Report on vaccination in Madras 1877-1894 - 1877-1894
Year: 1877
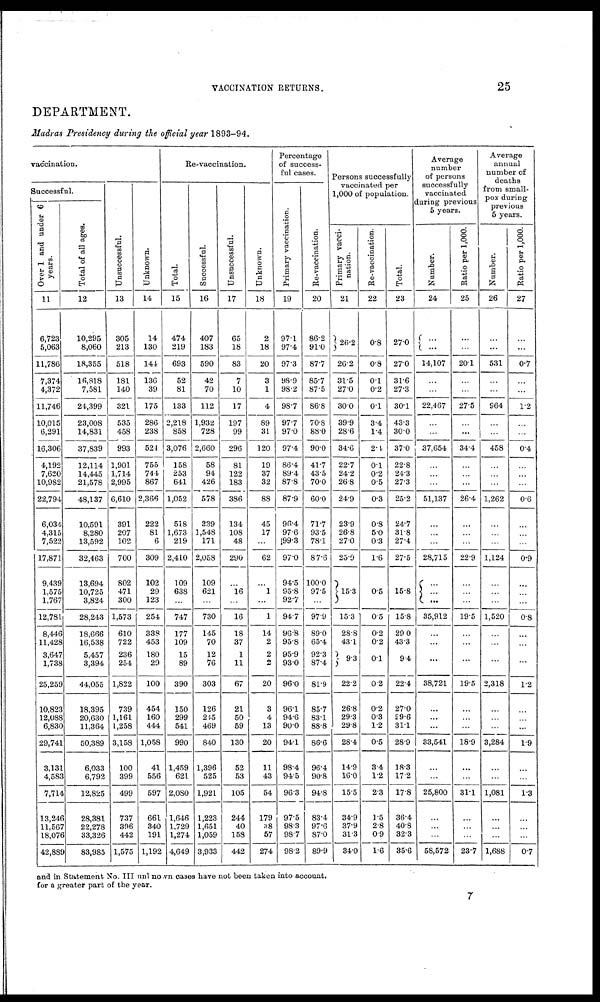
VACCINATION RETURNS.
25
DEPARTMENT.
Madras Presidency during the official year 1893-94.
vaccination.
Successful.
Over 1 and under 6
years.
11
6,723
5,063
11,786
7,374
4,372
11,746
10,015
6,291
16,306
4,192
7,620
10,982
22,794
6,034
4,315
7,522
17,871
9,439
1,575
1,767
12,781
8,446
11,428
3,647
1,738
25,259
10,823
12,088
6,830
29,741
3,131
4,583
7,714
13,246
11,567
18,076
42,889
Total of all ages.
12
10,295
8,060
18,355
16,818
7,581
24,399
23,008
14,831
37,839
12,114
14,445
21,578
48,137
10,591
8,280
13,592
32,463
13,694
10,725
3,824
28,243
18,666
16,538
5,457
3,394
44,055
18,395
20,630
11,364
50,389
6,033
6,792
12,825
28,381
22,278
33,326
83,985
Unsuccessful.
13
305
213
518
181
140
321
535
458
993
1,901
1,714
2,995
6,610
391
207
102
700
802
471
300
1,573
610
722
236
254
1,822
739
1,161
1,258
3,158
100
399
499
737
396
442
1,575
Unknown.
14
14
130
144
136
39
175
286
238
524
755
744
867
2,366
222
81
6
309
102
29
123
254
338
453
180
29
100
454
160
444
1,058
41
556
597
661
340
191
1,192
Re-vaccination.
Total.
15
474
219
693
52
81
133
2,218
858
3,076
158
253
641
1,052
518
1,673
219
2,410
109
638
...
747
177
109
15
89
390
150
299
541
990
1,459
621
2,080
1,646
1,729
1,274
4,649
Successful.
16
407
183
590
42
70
112
1,932
728
2,660
58
94
426
578
339
1,548
171
2,058
109
621
...
730
145
70
12
76
303
126
245
469
840
1,396
525
1,921
1,223
1,651
1,059
3,933
Unsuccessful.
17
65
18
83
7
10
17
197
99
296
81
122
183
386
134
108
48
290
...
16
...
16
18
37
1
11
67
21
50
59
130
52
53
105
244
40
158
442
Unknown.
18
2
18
20
3
1
4
89
31
120
19
37
32
88
45
17
...
62
...
1
...
1
14
2
2
...
20
3
4
13
20
11
43
54
179
38
57
274
Percentage
of success-
ful cases.
Primary vaccination.
19
97.1
97.4
97.3
98.9
98.2
98.7
97.7
97.0
97.4
86.4
89.4
87.8
87.9
96.4
97.6
99.3
97.0
94.5
95.8
92.7
94.7
96.8
95.8
95.9
93.0
96.0
96.1
94.6
90.0
94.1
98.4
94.5
96.3
97.5
98.3
98.7
98.2
Re-vaccination.
20
86.2
91.0
87.7
85.7
87.5
86.8
70.8
88.0
90.0
41.7
43.5
70.0
60.0
71.7
93.5
78.1
87.6
100.0
97.5
...
97.9
89.0
65.4
92.3
87.4
81.9
85.7
83.1
88.8
86.6
96.4
90.8
94.8
83.4
97.6
87.0
89.9
Persons successfully
vaccinated per
1,000 of population.
Primary vacci-
nation.
21
26.2
26.2
31.5
27.0
30.0
39.9
28.6
34.6
22.7
24.2
26.8
24.9
23.9
26.8
27.0
25.9
15.3
15.3
28.8
43.1
9.3
22.2
26.8
29.3
29.8
28.4
14.9
16.0
15.5
34.9
37.9
31.3
34.0
Re-vaccination.
22
0.8
0.8
0.1
0.2
0.1
3.4
1.4
2.4
0.1
0.2
0.5
0.3
0.8
5.0
0.3
1.6
0.5
0.5
0.2
0.2
0.1
0.2
0.2
0.3
1.2
0.5
3.4
1.2
2.3
1.5
2.8
0.9
1.6
Total.
23
27.0
27.0
31.6
27.3
30.1
43.3
30.0
37.0
22.8
24.3
27.3
25.2
24.7
31.8
27.4
27.5
15.8
15.8
29.0
43.3
9.4
22.4
27.0
29.6
31.1
28.9
18.3
17.2
17.8
36.4
40.8
32.3
35.6
Average
number
of persons
successfully
vaccinated
during previous
5 years.
Number.
24
...
...
14,107
...
...
22,467
...
...
37,654
...
...
...
51,137
...
...
...
28,715
...
... ...
35,912
...
...
...
...
38,721
...
...
...
33,541
...
...
25,800
...
...
...
58,572
Ratio per 1,000.
25
...
...
20.1
...
...
27.5
...
...
34.4
...
...
...
26.4
...
...
...
22.9
...
...
...
19.5
...
...
...
...
19.5
...
...
...
18.9
...
...
31.1
...
...
...
23.7
Average
annual
number of
deaths
from small-
pox during
previous
5 years.
Number.
26
...
...
531
...
...
964
...
...
458
...
...
...
1,262
...
...
...
1,124
...
...
...
1,520
...
...
...
...
2,318
...
...
...
3,284
...
...
1,081
...
...
...
1,688
Ratio per 1,000.
27
...
...
0.7
...
...
1.2
...
...
0.4
...
...
...
0.6
...
...
...
0.9
...
...
...
0.8
...
...
...
...
1.2
...
...
...
1.9
...
...
1.3
...
...
...
0.7
and in Statement No. III unl no. vn cases have not been taken into account.
for a greater part of the year.
7